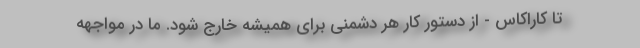
تا کاراکاس - از دستور کار هر دشمنی برای همیشه خارج شود. ما در مواجهه